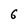
Character: 6